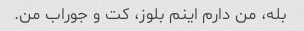
بله، من دارم اینم بلوز، کت و جوراب من.